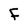
Character: F